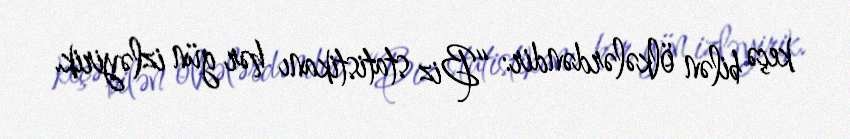
keçə bilən ölkələrdəndir: “Biz statistikanı hər gün izləyirik.